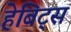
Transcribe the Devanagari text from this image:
हेबिट्स